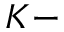
K -